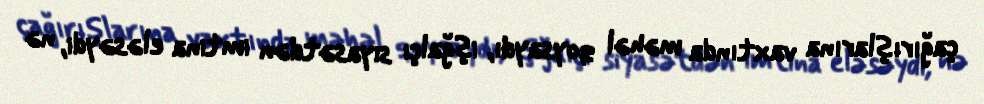
çağırışlarına vaxtında məhəl qoysaydı, işğalçı siyasətdən imtina eləsəydi, nə